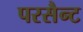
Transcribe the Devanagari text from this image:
परसैन्ट